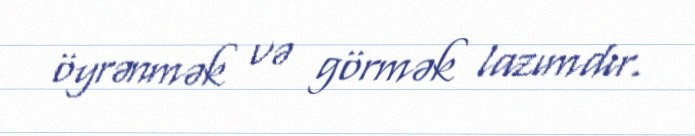
öyrənmək və görmək lazımdır.